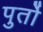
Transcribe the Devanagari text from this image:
पुर्तो